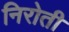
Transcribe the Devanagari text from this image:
निरोती